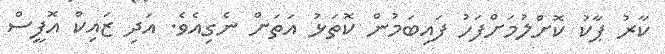
ކާރު ޕާކު ކޮށްލުމަށްފަހު ފައިބަމުން ކޮތަޅު އަތަށް ނެގިއެވެ. އަދި ޒައިކް އޮފީސް